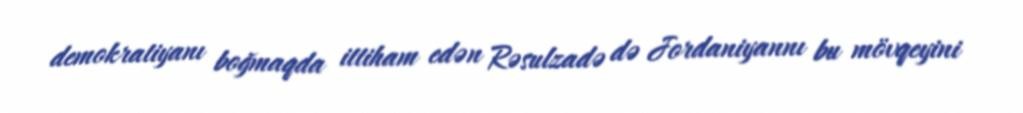
demokratiyanı boğmaqda ittiham edən Rəsulzadə də Jordaniyannı bu mövqeyini